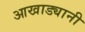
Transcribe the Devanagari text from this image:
आखाड्यानी